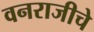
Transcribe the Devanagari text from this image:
वनराजीचे